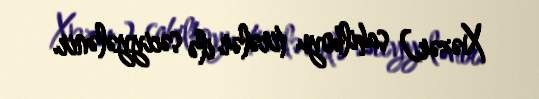
Xəzər) sahilboyu tirələr ilə səciyyələnir.